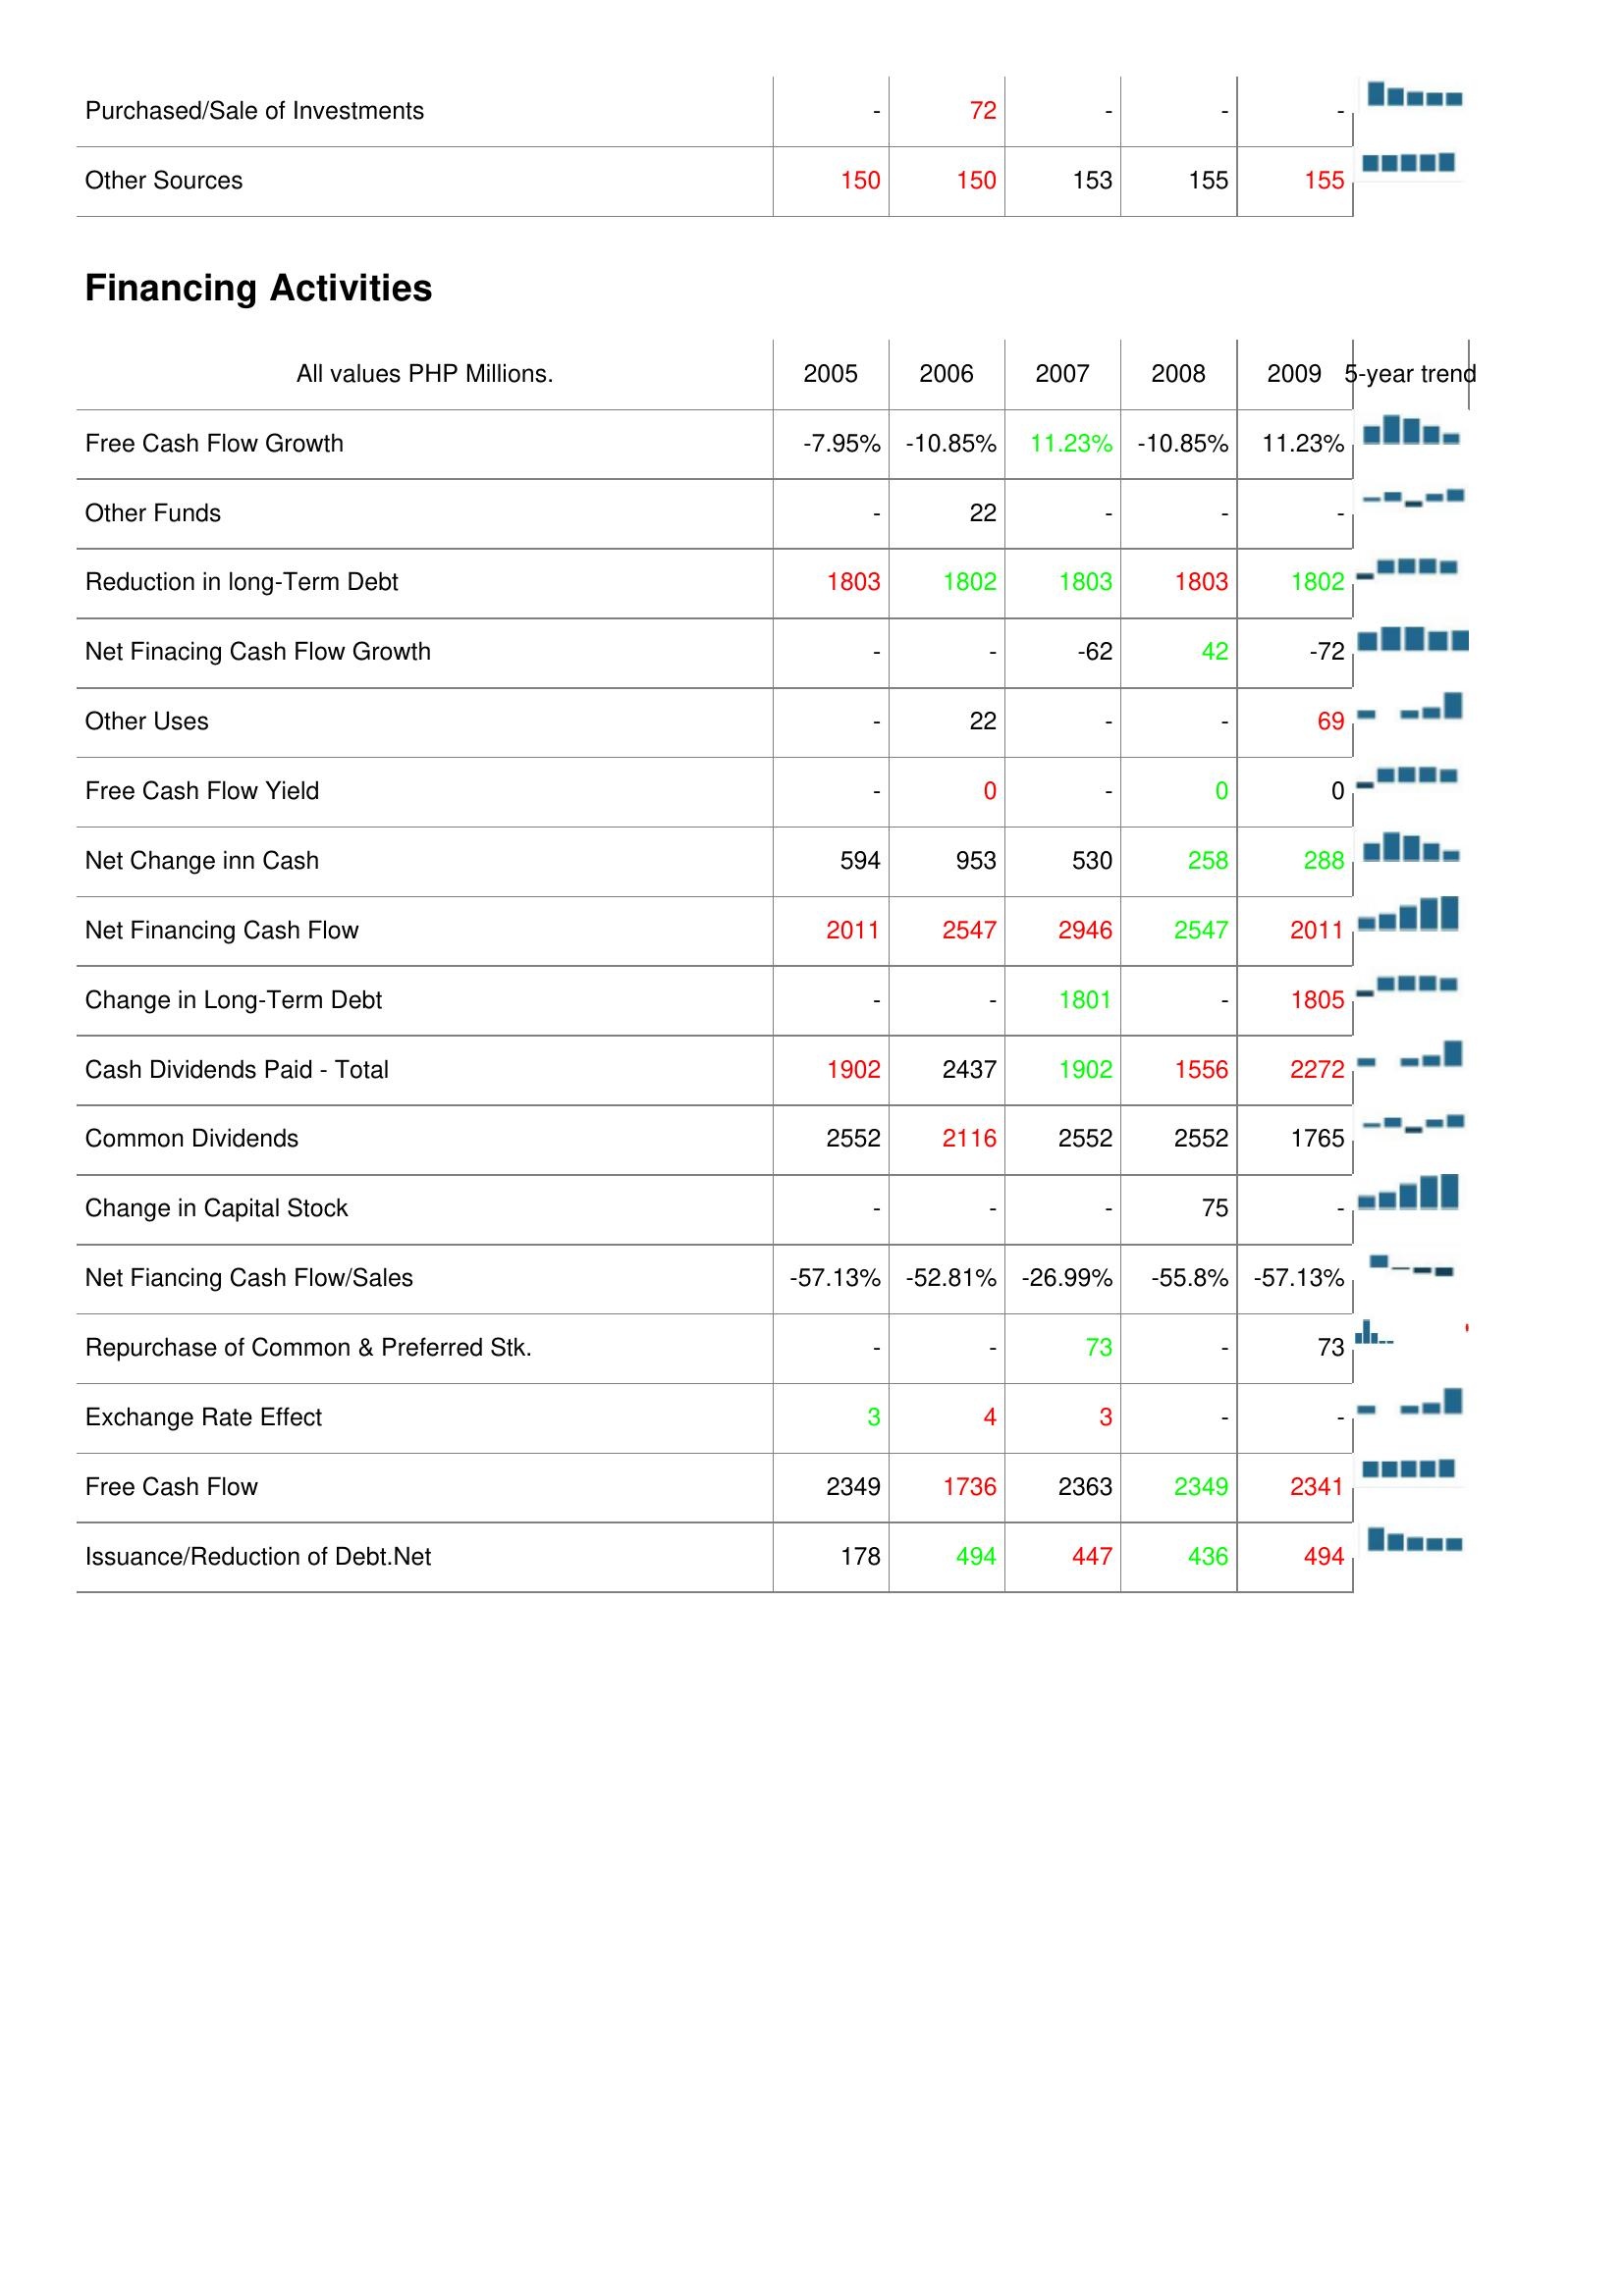
2005: Investing Activities: Purchased/Sale of Investments: -
Other Sources: 150
Financing Activities: Free Cash Flow Growth: -7.95%
Other Funds: -
Reduction in long-Term Debt: 1803
Net Finacing Cash Flow Growth: -
Other Uses: -
Free Cash Flow Yield: -
Net Change inn Cash: 594
Net Financing Cash Flow: 2011
Change in Long-Term Debt: -
Cash Dividends Paid - Total: 1902
Common Dividends: 2552
Change in Capital Stock: -
Net Fiancing Cash Flow/Sales: -57.13%
Repurchase of Common & Preferred Stk.: -
Exchange Rate Effect: 3
Free Cash Flow: 2349
Issuance/Reduction of Debt.Net: 178
2006: Investing Activities: Purchased/Sale of Investments: 72
Other Sources: 150
Financing Activities: Free Cash Flow Growth: -10.85%
Other Funds: 22
Reduction in long-Term Debt: 1802
Net Finacing Cash Flow Growth: -
Other Uses: 22
Free Cash Flow Yield: 0
Net Change inn Cash: 953
Net Financing Cash Flow: 2547
Change in Long-Term Debt: -
Cash Dividends Paid - Total: 2437
Common Dividends: 2116
Change in Capital Stock: -
Net Fiancing Cash Flow/Sales: -52.81%
Repurchase of Common & Preferred Stk.: -
Exchange Rate Effect: 4
Free Cash Flow: 1736
Issuance/Reduction of Debt.Net: 494
2007: Investing Activities: Purchased/Sale of Investments: -
Other Sources: 153
Financing Activities: Free Cash Flow Growth: 11.23%
Other Funds: -
Reduction in long-Term Debt: 1803
Net Finacing Cash Flow Growth: -62
Other Uses: -
Free Cash Flow Yield: -
Net Change inn Cash: 530
Net Financing Cash Flow: 2946
Change in Long-Term Debt: 1801
Cash Dividends Paid - Total: 1902
Common Dividends: 2552
Change in Capital Stock: -
Net Fiancing Cash Flow/Sales: -26.99%
Repurchase of Common & Preferred Stk.: 73
Exchange Rate Effect: 3
Free Cash Flow: 2363
Issuance/Reduction of Debt.Net: 447
2008: Investing Activities: Purchased/Sale of Investments: -
Other Sources: 155
Financing Activities: Free Cash Flow Growth: -10.85%
Other Funds: -
Reduction in long-Term Debt: 1803
Net Finacing Cash Flow Growth: 42
Other Uses: -
Free Cash Flow Yield: 0
Net Change inn Cash: 258
Net Financing Cash Flow: 2547
Change in Long-Term Debt: -
Cash Dividends Paid - Total: 1556
Common Dividends: 2552
Change in Capital Stock: 75
Net Fiancing Cash Flow/Sales: -55.8%
Repurchase of Common & Preferred Stk.: -
Exchange Rate Effect: -
Free Cash Flow: 2349
Issuance/Reduction of Debt.Net: 436
2009: Investing Activities: Purchased/Sale of Investments: -
Other Sources: 155
Financing Activities: Free Cash Flow Growth: 11.23%
Other Funds: -
Reduction in long-Term Debt: 1802
Net Finacing Cash Flow Growth: -72
Other Uses: 69
Free Cash Flow Yield: 0
Net Change inn Cash: 288
Net Financing Cash Flow: 2011
Change in Long-Term Debt: 1805
Cash Dividends Paid - Total: 2272
Common Dividends: 1765
Change in Capital Stock: -
Net Fiancing Cash Flow/Sales: -57.13%
Repurchase of Common & Preferred Stk.: 73
Exchange Rate Effect: -
Free Cash Flow: 2341
Issuance/Reduction of Debt.Net: 494